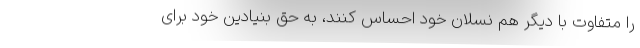
را متفاوت با دیگر هم نسلان خود احساس کنند، به حق بنیادین خود برای